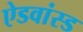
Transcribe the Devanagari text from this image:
ऐडवांस्ड